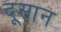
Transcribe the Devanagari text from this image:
दूसान